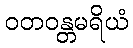
ဝတဝန္တမရိယံ